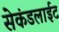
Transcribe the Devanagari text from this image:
सेकंडलाईट